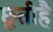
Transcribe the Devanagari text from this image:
छूतीहै